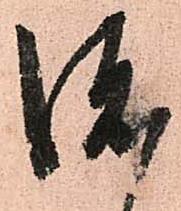
渡